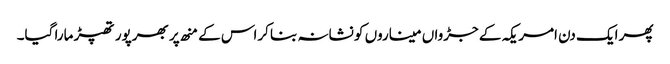
پھر ایک دن امریکہ کے جڑواں میناروں کو نشانہ بنا کراس کے منھ پر بھرپور تھپڑ مارا گیا۔